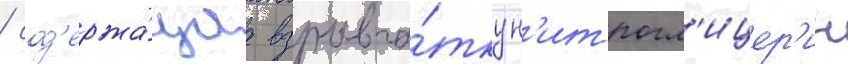
/ сод'ержа́щаа взрывча́тку н'итрогл'ицер'ин